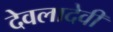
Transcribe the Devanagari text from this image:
देवलादेवी